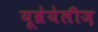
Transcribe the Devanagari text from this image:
यूब्रेयेलीज़